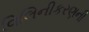
વિલિનીકરણની